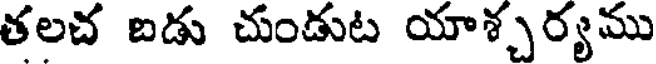
తలచ బడు చుండుట యాశ్చర్యము